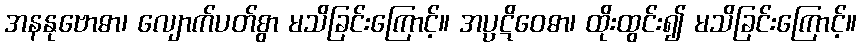
အနနုဗောဓာ၊ လျောက်ပတ်စွာ မသိခြင်းကြောင့်။ အပ္ပဋိဝေဓာ၊ ထိုးထွင်း၍ မသိခြင်းကြောင့်။